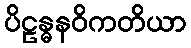
ပိဠန္ဓနဝိကတိယာ